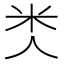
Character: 𥸪